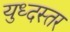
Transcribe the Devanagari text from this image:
युध्दस्तर